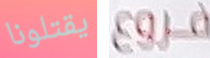
يقتلونا فروع